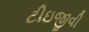
ટીઇજીવી